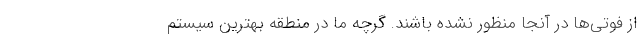
از فوتی‌ها در آنجا منظور نشده باشند. گرچه ما در منطقه بهترین سیستم